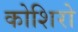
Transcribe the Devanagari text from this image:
कोशिरो